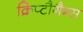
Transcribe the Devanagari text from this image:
क्रिप्टौगैम्स